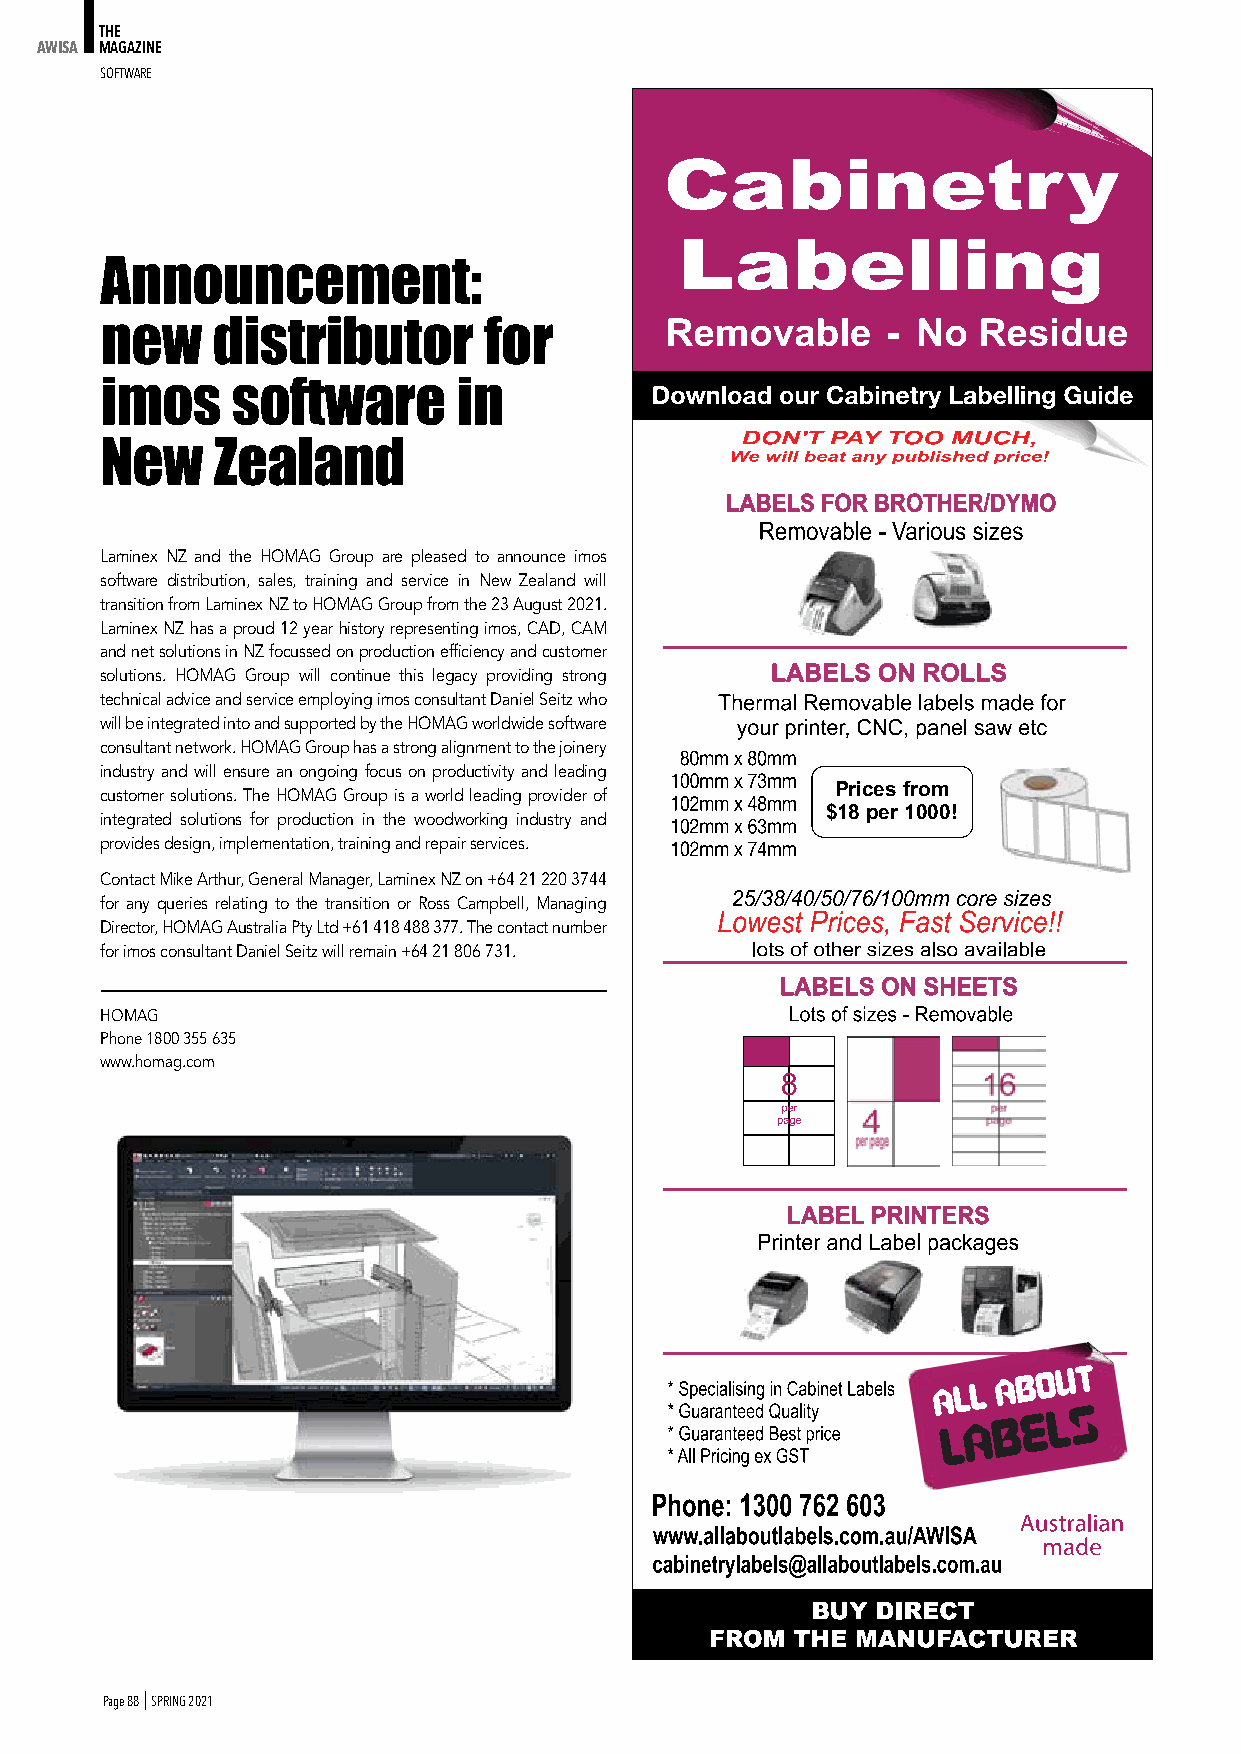
THE
 AWISA MAGAZINE
 SoFtWARe
 Announcement:
 new    distributor       for
 imos    software       in
 New    Zealand
 Laminex NZ and the HOMAG Group are pleased to announce imos
 software distribution, sales, training and service in New Zealand will
 transition from Laminex NZ to HOMAG Group from the 23 August 2021.
 Laminex NZ has a proud 12 year history representing imos, CAD, CAM
 and net solutions in NZ focussed on production efficiency and customer
 solutions. HOMAG Group will continue this legacy providing strong
 technical advice and service employing imos consultant Daniel Seitz who
 will be integrated into and supported by the HOMAG worldwide software
 consultant network. HOMAG Group has a strong alignment to the joinery
 industry and will ensure an ongoing focus on productivity and leading
 customer solutions. The HOMAG Group is a world leading provider of Prices from
 $18 per 1000!
 integrated solutions for production in the woodworking industry and
 provides design, implementation, training and repair services.
 Contact Mike Arthur, General Manager, Laminex NZ on +64 21 220 3744
 for any queries relating to the transition or Ross Campbell, Managing
 Director, HOMAG Australia Pty Ltd +61 418 488 377. The contact number
 for imos consultant Daniel Seitz will remain +64 21 806 731.
 HOMAG
 Phone 1800 355 635
 www.homag.com
 Page 88 I SPRING 2021